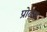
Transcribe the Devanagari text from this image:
प्रोढ़ता